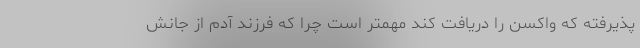
پذیرفته که واکسن را دریافت کند مهمتر است چرا که فرزند آدم از جانش